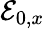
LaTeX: \mathcal{E}_{0,x}